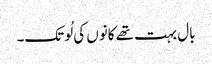
بال بہت تھے کانوں کی لُو تک۔